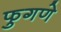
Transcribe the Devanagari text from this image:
फुगणे